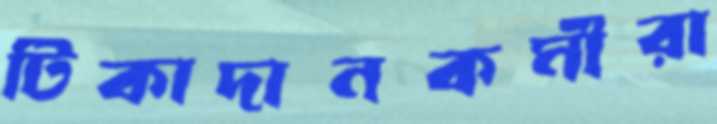
টিকাদানকর্মীরা